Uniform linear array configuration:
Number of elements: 8
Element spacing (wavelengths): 0.75
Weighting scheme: hann
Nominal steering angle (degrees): -60
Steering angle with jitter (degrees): -59.724
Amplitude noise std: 0.05
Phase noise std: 0.05

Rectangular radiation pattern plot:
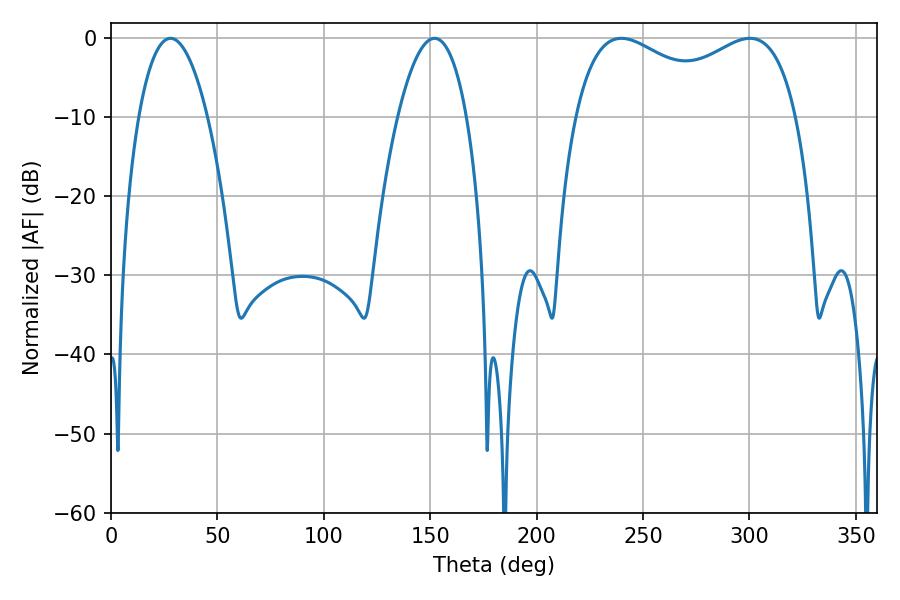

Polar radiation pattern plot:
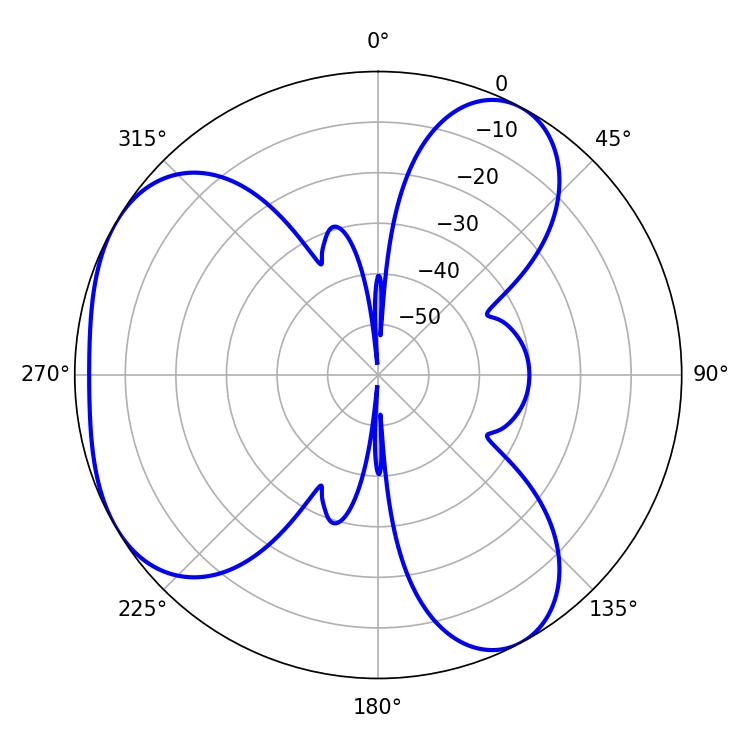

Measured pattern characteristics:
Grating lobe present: TRUE
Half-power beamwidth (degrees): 86.76
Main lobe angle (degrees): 239.76